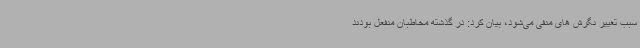
سبب تغییر نگرش های منفی می‌شود، بیان کرد: در گذشته مخاطبان منفعل بودند